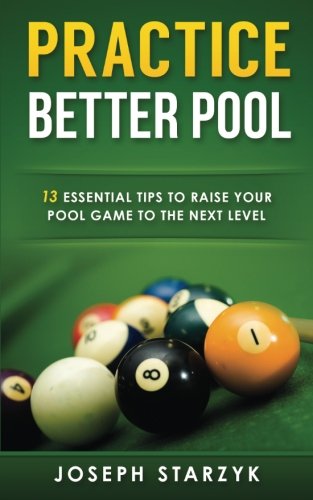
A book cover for Practice Better Pool: 13 Essential Tips to Raise Your Pool Game to the Next Level; Joseph Starzyk; Sports & Outdoors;